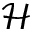
\mathcal { H }